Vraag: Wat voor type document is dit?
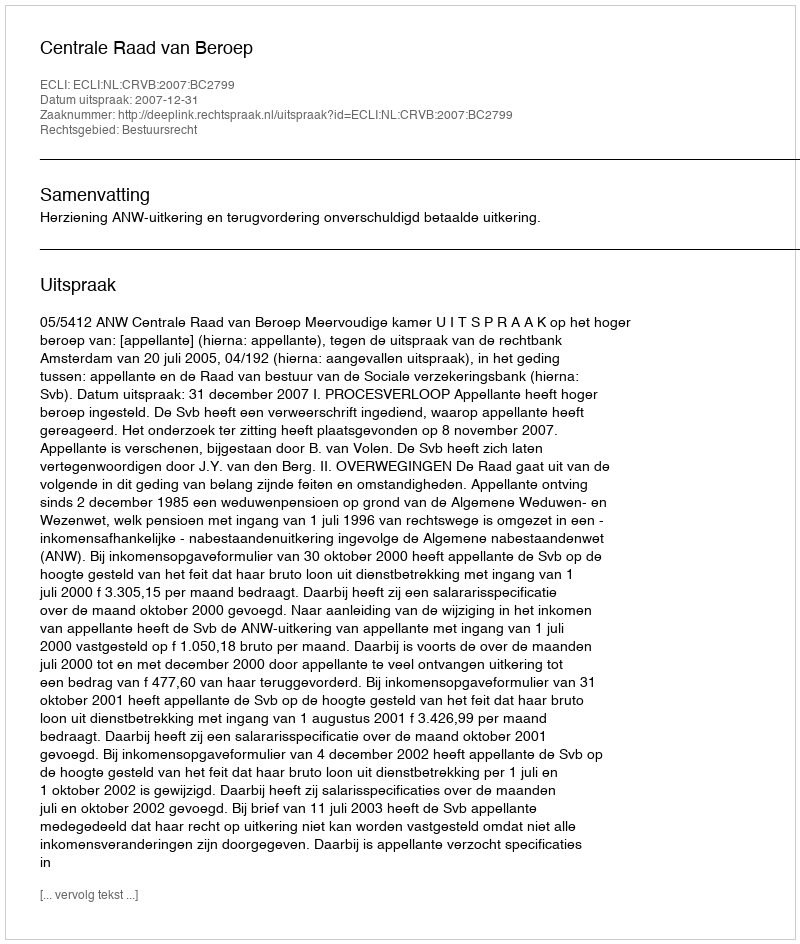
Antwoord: Uitspraak